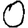
Digit: 0